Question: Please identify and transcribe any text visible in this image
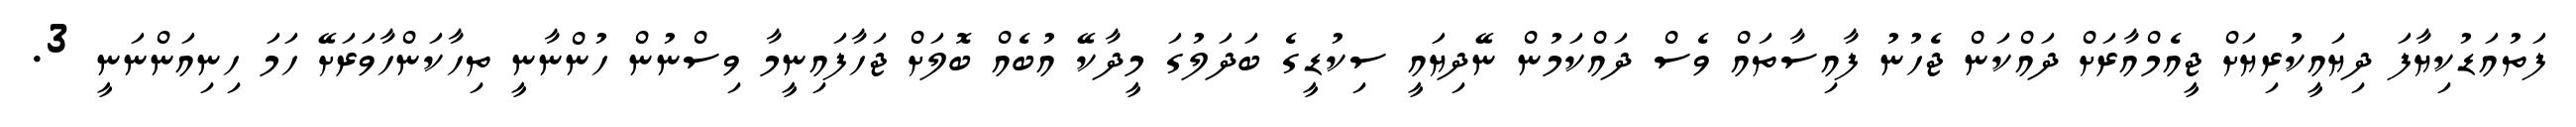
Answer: ފަތުއަޑުކިޔާފަ ދިޔައީކުރިޔަށް ޖީއެމްއާރަށް ދައްކަން ޖެހުނު ފާއިސާތައް ވެސް ދައްކަމުން ނޭދިޔައީ ސިކުޑީގެ ބަދަލުގަ މީދާކޭ އުބެއް ބޮލަށް ޖަހާފައިނީމާ ވިސްނުން ހުންނާނީ ތިހާކަންހާވަރަށޭ ހަމަ ހިނިއަންނަނީ 3.